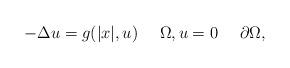
LaTeX: \begin{align*}-\Delta u = g(|x|, u) \ \ \ \ \Omega, u = 0 \ \ \ \ \partial \Omega,\end{align*}